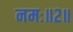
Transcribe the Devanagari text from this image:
नमः॥२॥